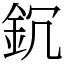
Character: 䤟